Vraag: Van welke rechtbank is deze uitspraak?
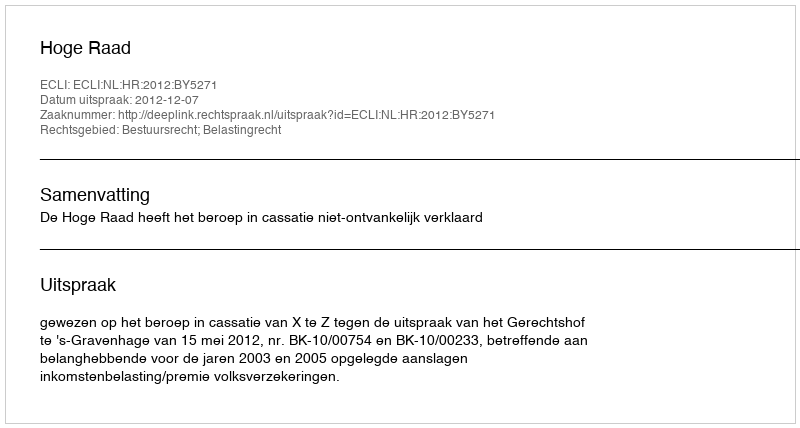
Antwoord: Hoge Raad